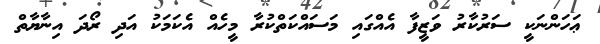
ޢަހަންނަކީ ސަރުކާރު ވަޒީފާ އެއްގައި މަސައްކަތްކުރާ މީހެއް އެކަމަކު އަދި ރޯދަ އިނާޔާތް